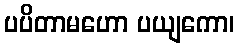
ပပိတာမဟော ပယျကော၊